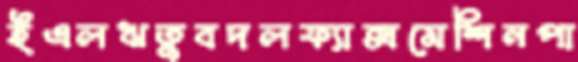
ইএলঋতুবদলফ্যাক্সমেশিনপা